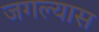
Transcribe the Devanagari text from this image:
जगल्यास